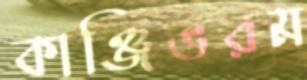
কাঞ্জিভরম